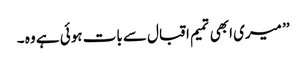
’’ میری ابھی تمیم اقبال سے بات ہوئی ہے وہ ۔